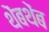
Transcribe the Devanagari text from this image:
थेंबथेंब